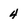
Character: 4